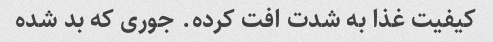
کیفیت غذا به شدت افت کرده. جوری که بد شده